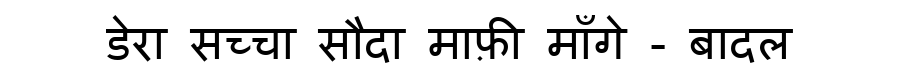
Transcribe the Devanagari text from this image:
डेरा सच्चा सौदा माफ़ी माँगे - बादल